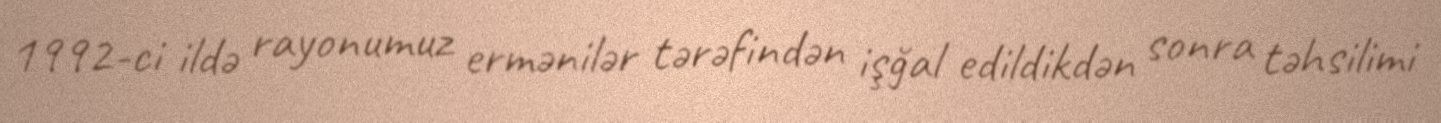
1992-ci ildə rayonumuz ermənilər tərəfindən işğal edildikdən sonra təhsilimi